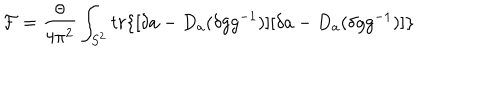
{ \cal F } = \frac { \theta } { 4 \pi ^ { 2 } } \int _ { S ^ { 2 } } t r \{ [ \delta a - D _ { a } ( \delta g g ^ { - 1 } ) ] [ \delta a - D _ { a } ( \delta g g ^ { - 1 } ) ] \}